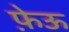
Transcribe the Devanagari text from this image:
फ़ेऊ